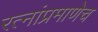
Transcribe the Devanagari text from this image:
रत्‍नांप्रमाणेच